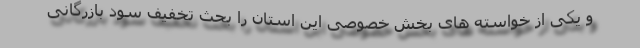
و یکی از خواسته های بخش خصوصی این استان را بحث تخفیف سود بازرگانی